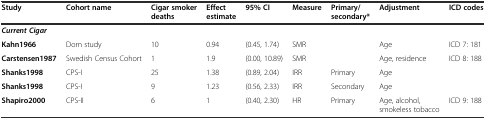
<table><thead><tr><td><b>Study</b></td><td><b>Cohort name</b></td><td><b>Cigar smoker deaths</b></td><td><b>Effect estimate</b></td><td><b>95% CI</b></td><td><b>Measure</b></td><td><b>Primary/secondary*</b></td><td><b>Adjustment</b></td><td><b>ICD codes</b></td></tr></thead><tbody><tr><td colspan="9"><b><i>Current Cigar</i></b></td></tr><tr><td><b>Kahn1966</b></td><td>Dorn study</td><td>10</td><td>0.94</td><td>(0.45, 1.74)</td><td>SMR</td><td></td><td>Age</td><td>ICD 7: 181</td></tr><tr><td><b>Carstensen1987</b></td><td>Swedish Census Cohort</td><td>1</td><td>1.9</td><td>(0.00, 10.89)</td><td>SMR</td><td></td><td>Age, residence</td><td>ICD 8: 188</td></tr><tr><td><b>Shanks1998</b></td><td>CPS-I</td><td>25</td><td>1.38</td><td>(0.89, 2.04)</td><td>IRR</td><td>Primary</td><td>Age</td><td></td></tr><tr><td><b>Shanks1998</b></td><td>CPS-I</td><td>9</td><td>1.23</td><td>(0.56, 2.33)</td><td>IRR</td><td>Secondary</td><td>Age</td><td></td></tr><tr><td><b>Shapiro2000</b></td><td>CPS-II</td><td>6</td><td>1</td><td>(0.40, 2.30)</td><td>HR</td><td>Primary</td><td>Age, alcohol, smokeless tobacco</td><td>ICD 9: 188</td></tr></tbody></table>